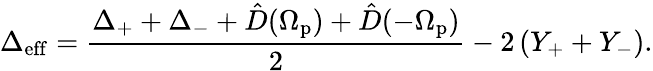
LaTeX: \Delta_{\mathrm{eff}}=\frac{\Delta_{+}+\Delta_{-}+\hat{D}(\Omega_{\mathrm{p}})+\hat{D}(-\Omega_{\mathrm{p}})}{2}-2\left(Y_{+}+Y_{-}\right).